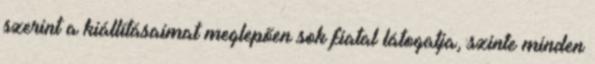
szerint a kiállításaimat meglepően sok fiatal látogatja, szinte minden